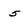
Character: 5